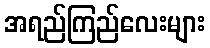
အရည်ကြည်လေးများ